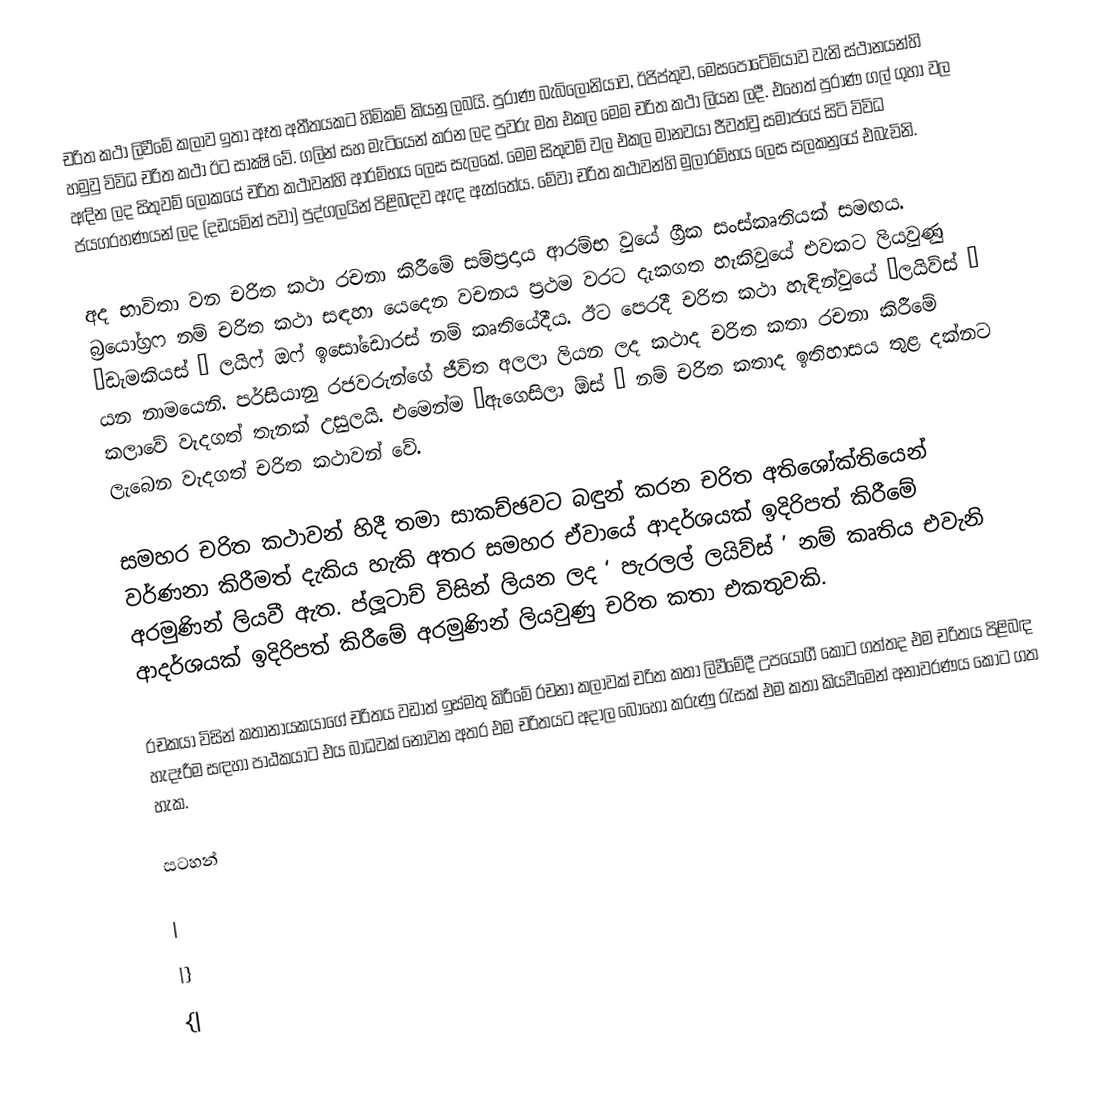
චරිත කථා ලිවීමේ කලාව ඉතා ඈත අතීතයකට හිමිකම් කියනු ලබයි. පුරාණ බැබිලෝනියාව, ඊජිප්තුව, මෙසපොටේමියාව වැනි ස්ථානයන්හි හමුවු විවිධ චරිත කථා ඊට සාක්‍ෂි වේ. ගලින් සහ මැටියෙන් කරන ලද පුවරු මත එකල මෙම චරිත කථා ලියන ලදී. එහෙත් පුරාණ ගල් ගුහා වල අඳින ලද සිතුවම් ලෝකයේ චරිත කථාවන්හි ආරම්භය ලෙස සැලකේ. මෙම සිතුවම් වල එකල මානවයා ජීවත්වු සමාජයේ සිටි විවිධ ජයග‍්‍රහණයන් ලද (දඩයමින් පවා) පුද්ගලයින් පිළිබඳව ඇඳ ඇත්තේය. මේවා චරිත කථාවන්හි මුලාරම්භය ලෙස සලකනුයේ එබැවිනි.

	අද භාවිතා වන චරිත කථා රචනා කිරීමේ සම්ප‍්‍රදාය ආරම්භ වුයේ ග්‍රීක සංස්කෘතියක් සමඟය. බ‍්‍රයෝග‍්‍රෆ නම් චරිත කථා සඳහා යෙදෙන වචනය ප‍්‍රථම වරට දැකගත හැකිවුයේ එවකට ලියවුණු ‘ඩැමකියස් ’ ලයිෆ් ඔෆ් ඉසෝඩොරස් නම් කෘතියේදීය. ඊට පෙරදී චරිත කථා හැඳින්වුයේ ‘ලයිව්ස් ’ යන නාමයෙනි. පර්සියානු රජවරුන්ගේ ජීවිත අලලා ලියන ලද කථාද චරිත කතා රචනා කිරීමේ කලාවේ වැදගත් තැනක් උසුලයි. එමෙන්ම ‘ඇගෙසිලා ඕස් ’ නම් චරිත කතාද ඉතිහාසය තුළ දක්නට ලැබෙන වැදගත් චරිත කථාවන් වේ.

	සමහර චරිත කථාවන් හිදී තමා සාකච්ඡවට බඳුන් කරන චරිත අතිශෝක්තියෙන් වර්ණනා කිරීමත් දැකිය හැකි අතර සමහර ඒවායේ ආදර්ශයක් ඉදිරිපත් කිරීමේ අරමුණින් ලියවී ඇත. ප්ලූටාච් විසින් ලියන ලද ‘ පැරලල් ලයිව්ස් ’ නම් කෘතිය එවැනි ආදර්ශයක් ඉදිරිපත් කිරීමේ අරමුණින් ලියවුණු චරිත කතා එකතුවකි.

	රචකයා විසින් කතානායකයාගේ චරිතය වඩාත් ඉස්මතු කිරීමේ රචනා කලාවක් චරිත කතා ලිවීමේදී උපයෝගී කොට ගත්තද එම චරිතය පිළිබඳ හැදෑරීම සඳහා පාඨකයාට එය බාධවක් නොවන අතර එම චරිතයට අදාල බොහෝ කරුණු රැසක් එම කතා කියවීමෙන් අනාවරණය කොට ගත හැක.

සටහන්

|
|}
{|